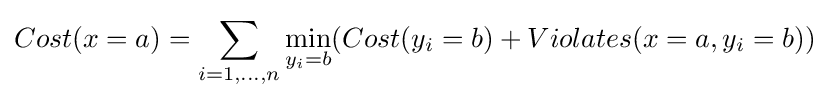
Cost(x=a)=\sum _{i=1,\ldots ,n}\min _{y_{i}=b}(Cost(y_{i}=b)+Violates(x=a,y_{i}=b))